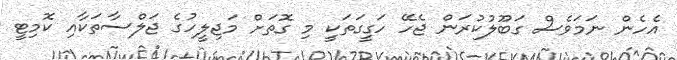
އެހެން ނަމަވެސް ގަބޫލުކުރަން ޖެހޭ ހަގީގަތަކީ މި ގޮތަށް މަޖިލީހުގެ ޖަލްސާތަކާއި ކޮމިޓީ